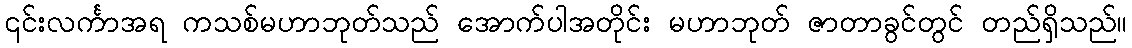
၎င်းလင်္ကာအရ ကသစ်မဟာဘုတ်သည် အောက်ပါအတိုင်း မဟာဘုတ် ဇာတာခွင်တွင် တည်ရှိသည်။